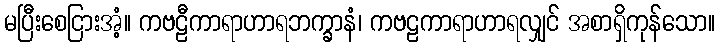
မပြီးစေငြားအံ့။ ကဗဠီကာရာဟာရဘက္ခာနံ၊ ကဗဠကာရာဟာရလျှင် အစာရှိကုန်သော။